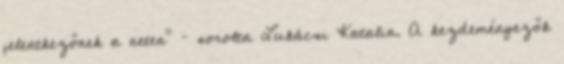
jelentkezőnek a neten” – sorolta Lukácsi Katalin. A kezdeményezők